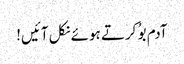
آدم بوُ کرتے ہوئے نکل آئیں!